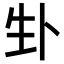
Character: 𪽁